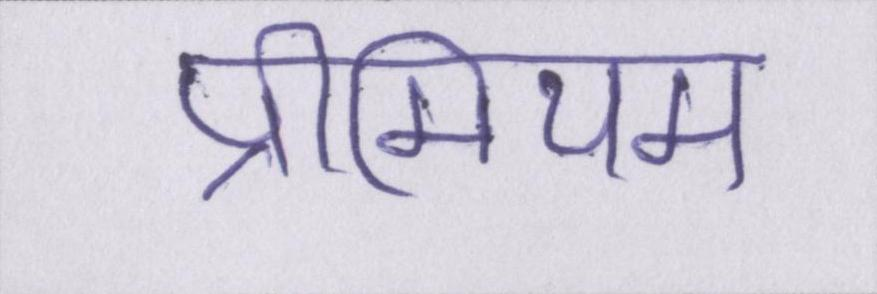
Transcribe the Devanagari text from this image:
प्रीमियम